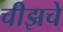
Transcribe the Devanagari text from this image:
चीझचे